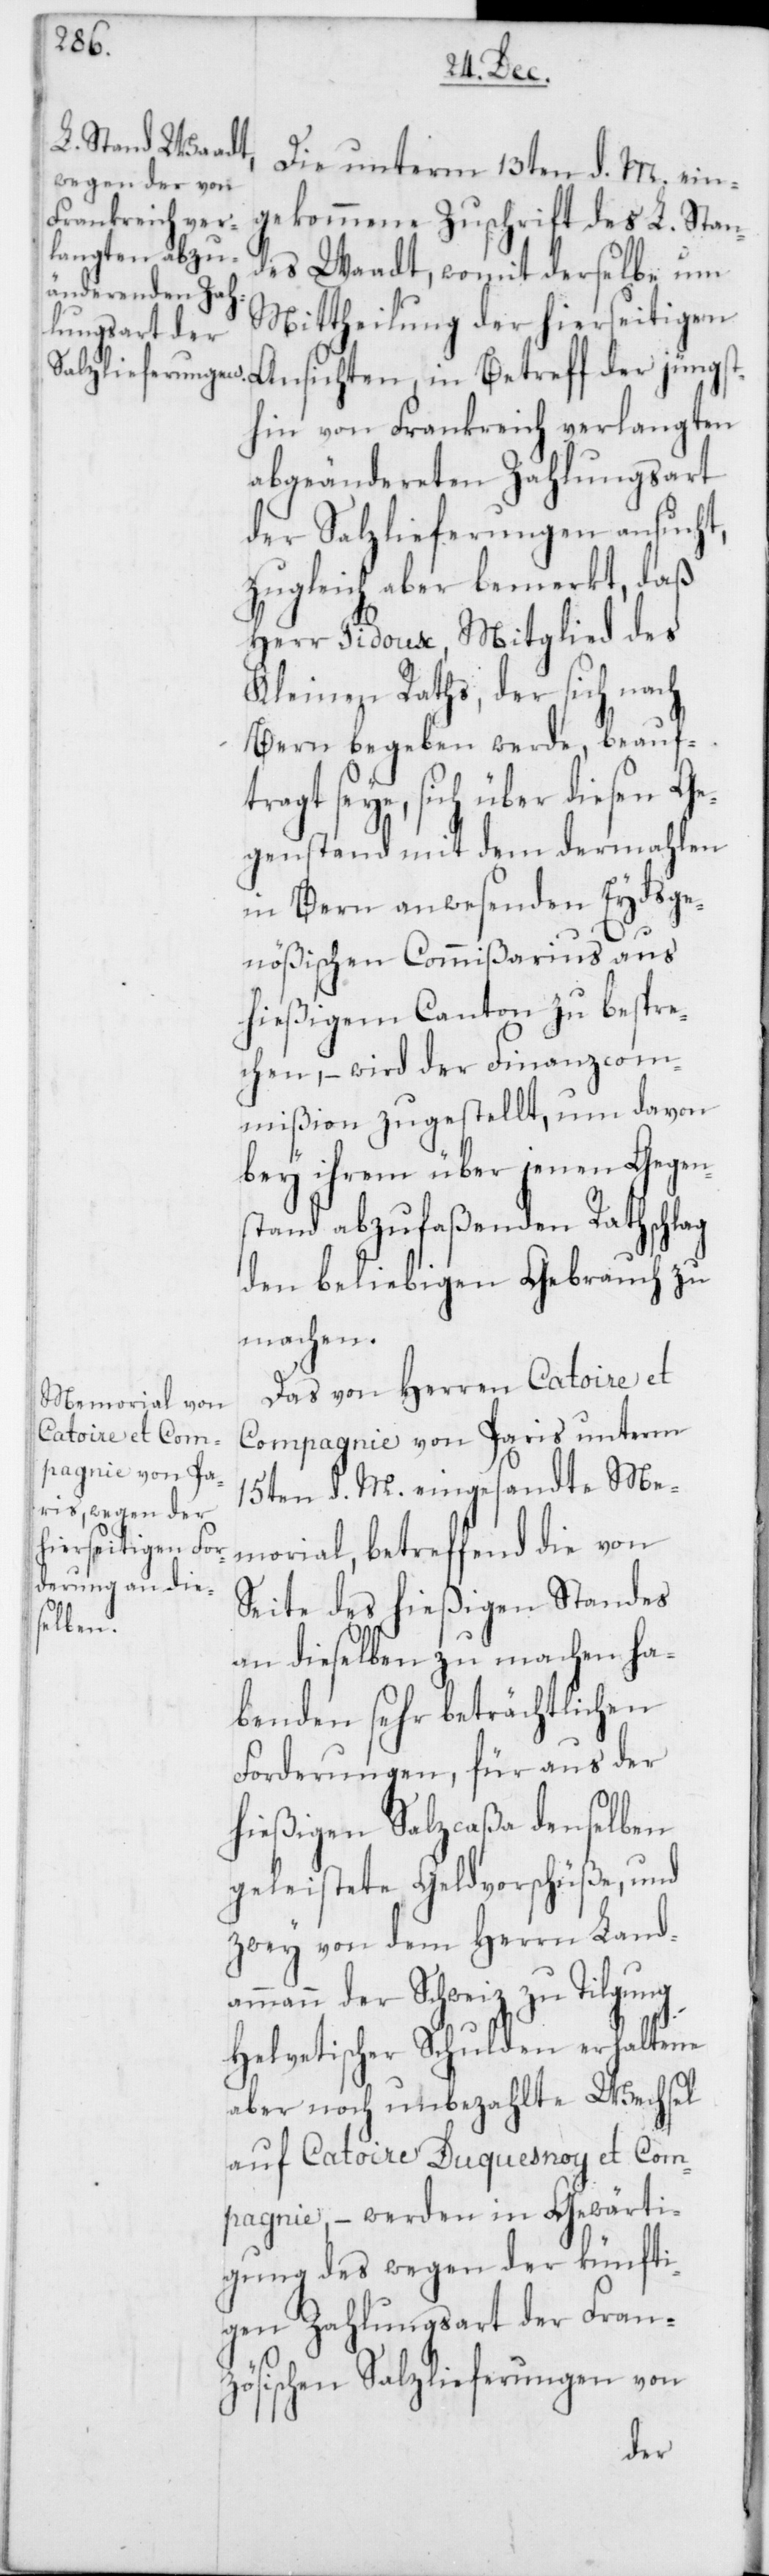
jüngst¬
Die unterm 13ten d. M. ein¬
gekommene Zuschrift des L. Stan¬
des Waadt, womit derselbe um
Mittheilung der hierseitigen
hin von Frankreich verlangten
abgeändereten Zahlungsart
der Salzlieferungen ansucht,
zugleich aber bemerkt, daß
Herr Pidoux, Mitglied des
Kleinen Raths, der sich nach
Bern begeben werde, beauft¬
ragt seye, sich über diesen Ge¬
genstand mit dem dermahlen
in Bern anwesenden Eydsge¬
nößischen Commißarius aus
hießigem Canton zu bespre¬
chen, – wird der Finanzcom¬
mißion zugestellt, um davon
bey ihrem über jenen Gegen¬
stand abzufaßenden Rathschlag
den beliebigen Gebrauch zu
machen.
Das von Herren Catoire et
Compagnie von Paris unterm
15ten d. M. eingesandte Me¬
morial, betreffend die von
Seite des hießigen Standes
an dieselben zu machen ha¬
benden sehr beträchtlichen
Forderungen, für aus der
hießigen Salzcaßa denselben
geleistete Geldvorschüße, und
zwey von dem Herrn Land¬
ammann der Schweiz zu Tilgung
helvetischer Schulden erhaltene
aber noch unbezahlte Wechsel
auf Catoire Duquesnoy et Com¬
pagnie, – werden in Gewärti¬
gung des wegen der künfti¬
gen Zahlungsart der Fran¬
zösischen Salzlieferungen von
der